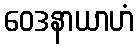
ဝေဒနာယာဟံ